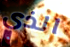
الذي